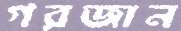
গরজান